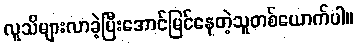
လူသိများလာခဲ့ပြီးအောင်မြင်နေတဲ့သူတစ်ယောက်ပါ။